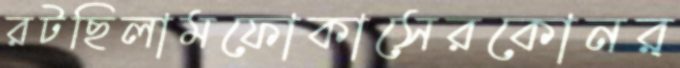
রটছিলামফোকাসেরকোনর্